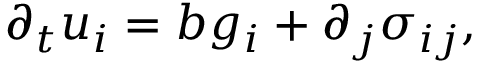
\partial _ { t } u _ { i } = b g _ { i } + \partial _ { j } \sigma _ { i j } ,